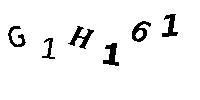
G1H161